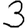
Digit: 3